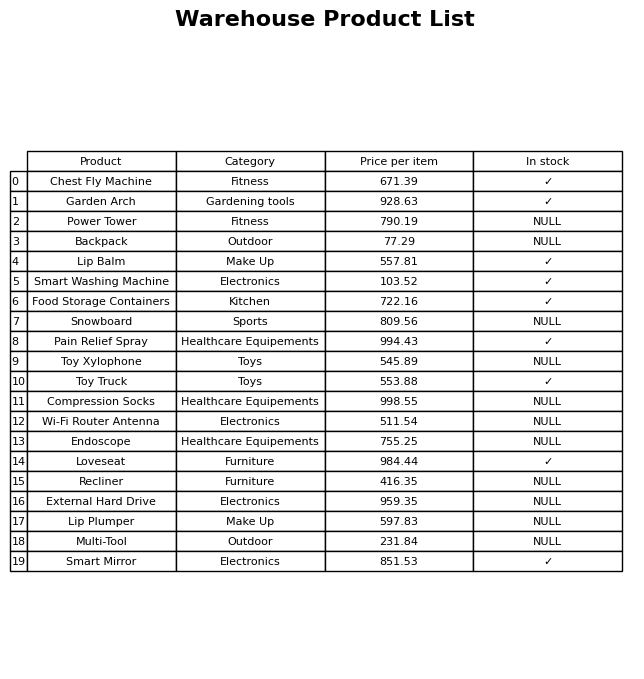
question: What category does the Smart Washing Machine belong to?
answer: Electronics